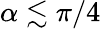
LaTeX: \alpha\lesssim\pi/4